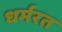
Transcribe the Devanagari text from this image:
धर्मरत